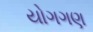
યોગગણ